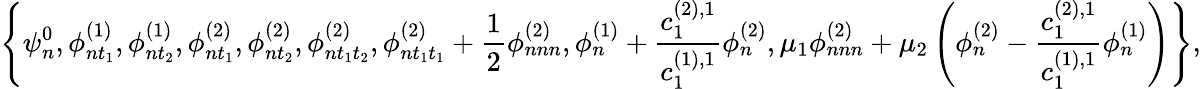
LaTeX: \left\{ \psi_{n}^{0},\phi_{nt_{1}}^{(1)},\phi_{nt_{2}}^{(1)},\phi_{nt_{1}}^{(2)},\phi_{nt_{2}}^{(2)},\phi_{nt_{1}t_{2}}^{(2)},\phi_{nt_{1}t_{1}}^{(2)}+\frac{1}{2}\phi_{nnn}^{(2)},\phi_{n}^{(1)}+\frac{c_{1}^{(2),1}}{c_{1}^{(1),1}}\phi_{n}^{(2)},\mu_{1}\phi_{nnn}^{(2)}+\mu_{2}\left(\phi_{n}^{(2)}-\frac{c_{1}^{(2),1}}{c_{1}^{(1),1}}\phi_{n}^{(1)}\right)\right\} ,